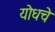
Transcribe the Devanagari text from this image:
योधचे